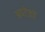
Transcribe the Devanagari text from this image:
अपटेकों